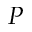
P